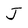
Character: J